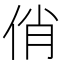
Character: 俏